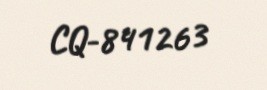
CQ-841263